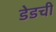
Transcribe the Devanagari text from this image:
डेडची